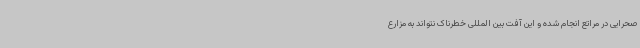
صحرایی در مراتع انجام شده و این آفت بین المللی خطرناک نتواند به مزارع